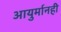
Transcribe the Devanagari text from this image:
आयुर्मानही